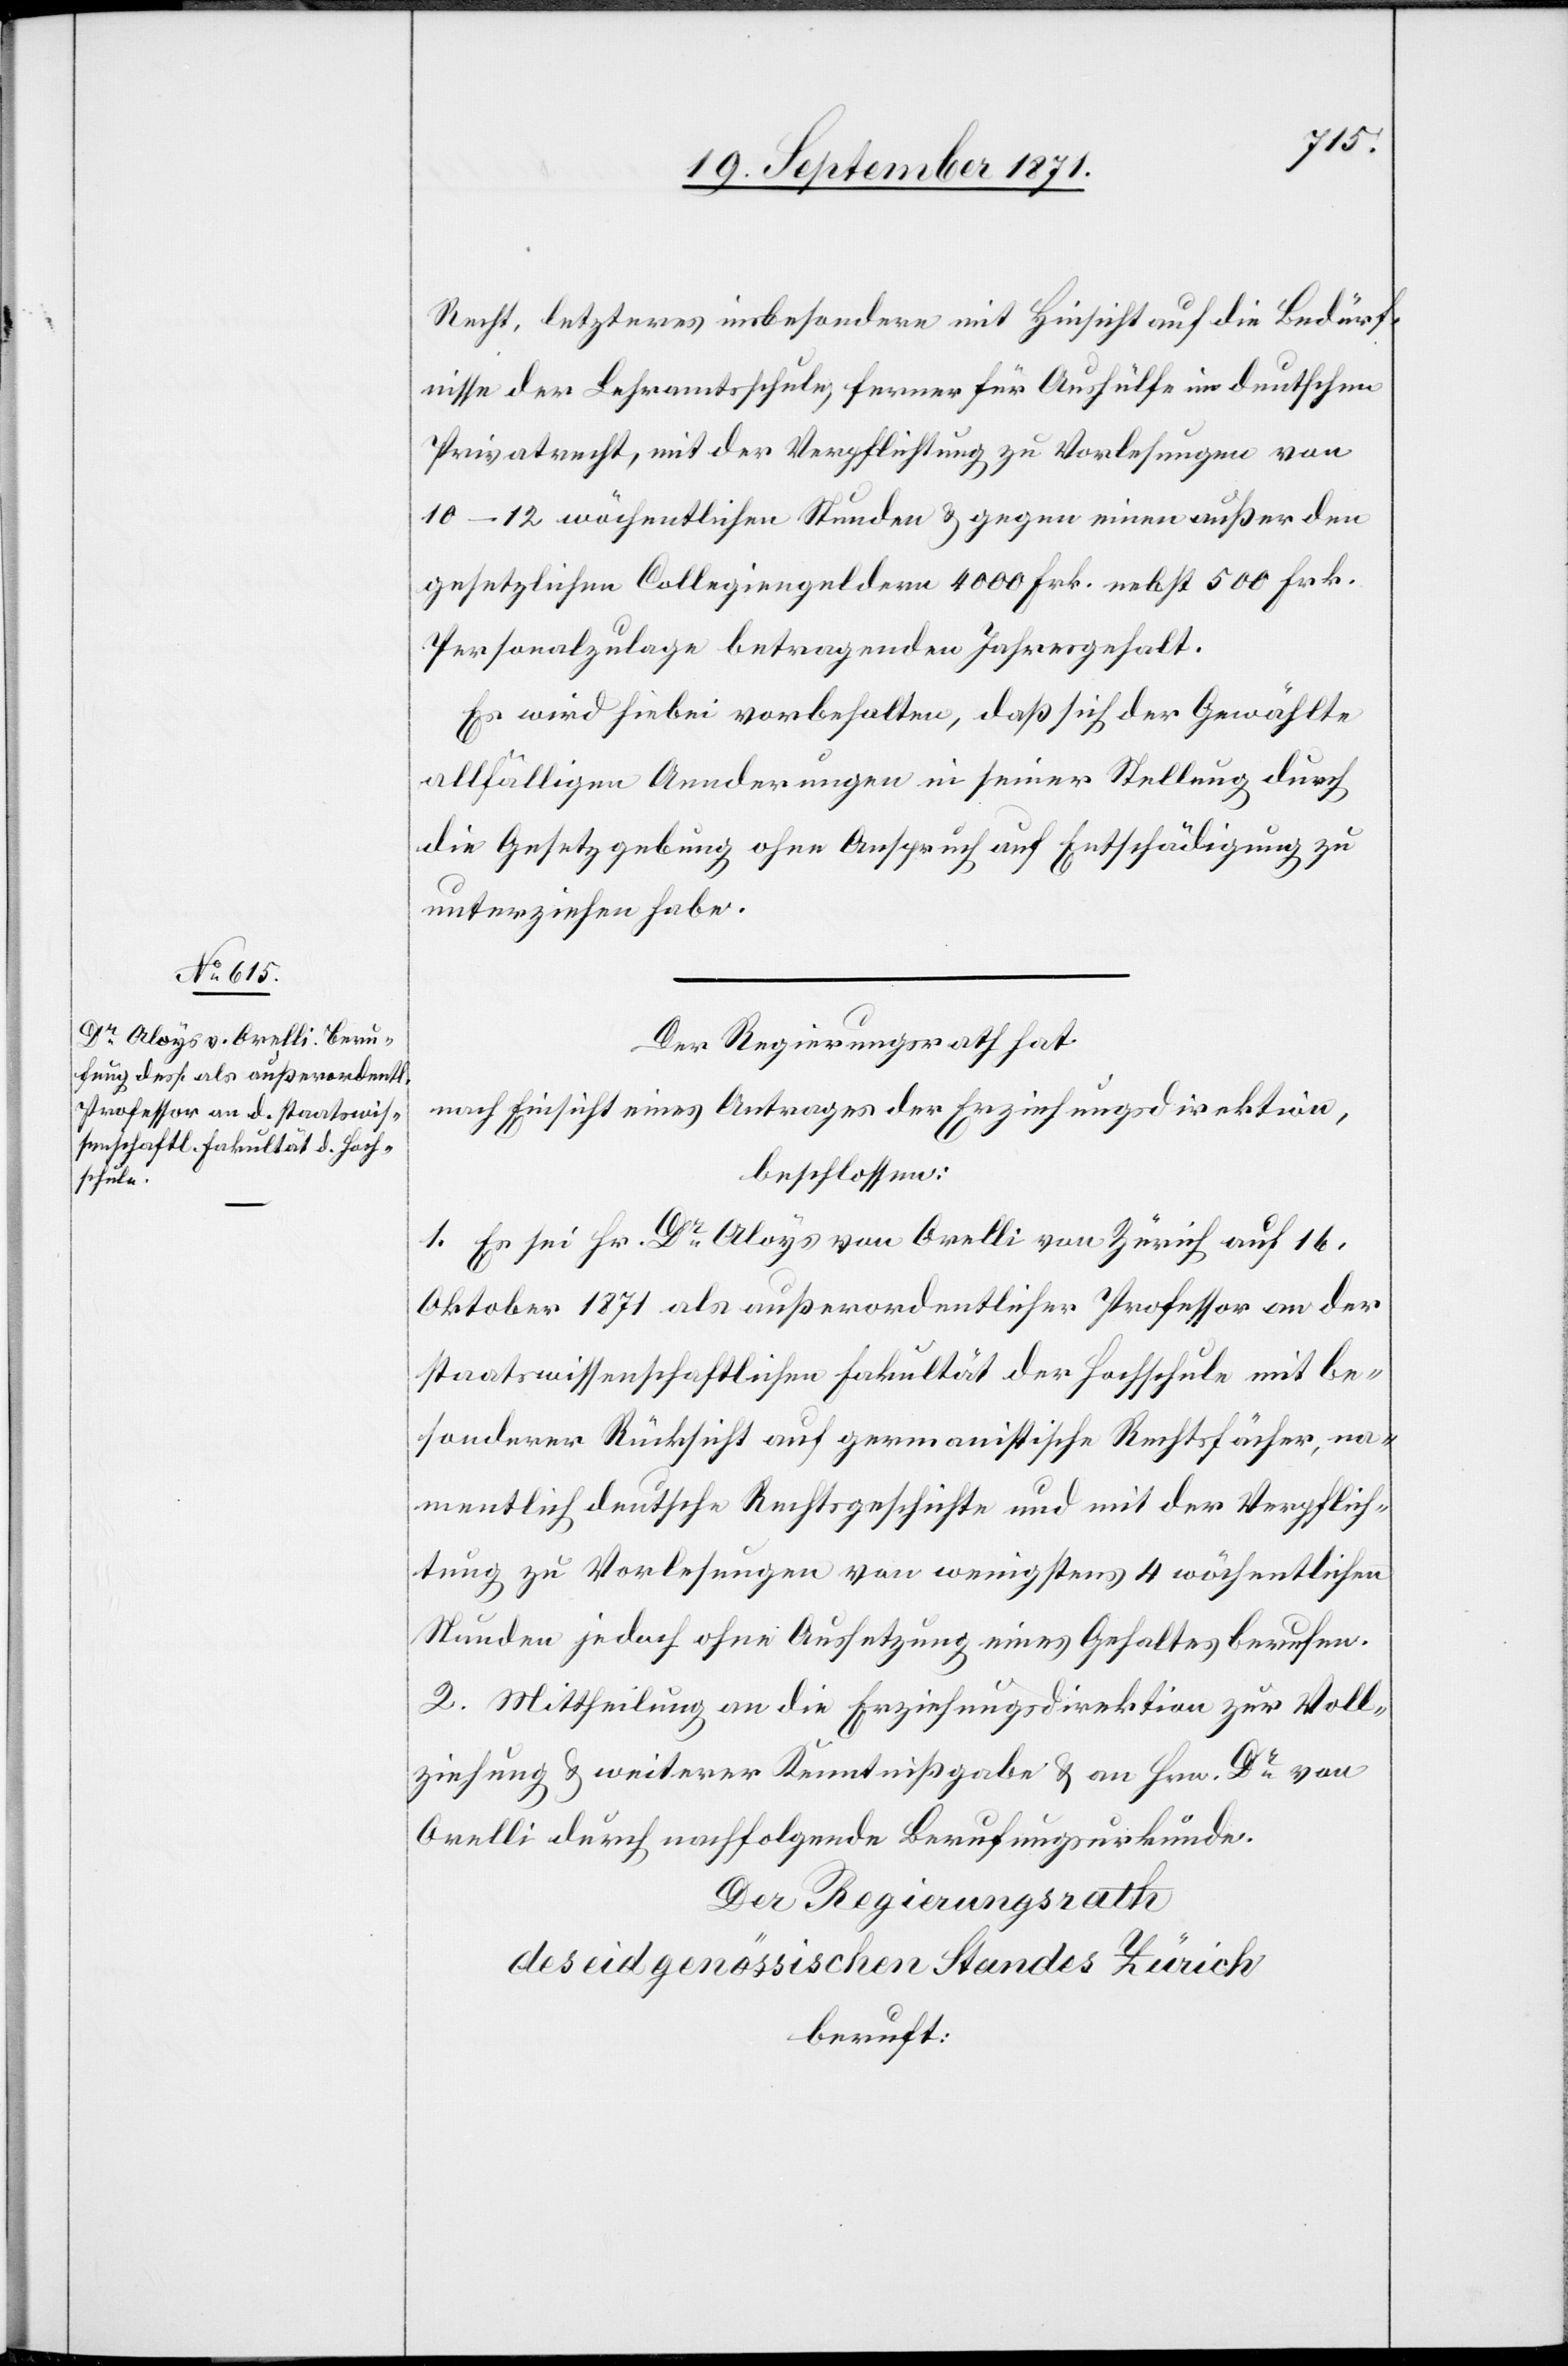
Recht, letzteres insbesondere mit Hinsicht auf die Bedürf¬
nisse der Lehramtsschule, ferner für Aushülfe im deutschen
Privatrecht, mit der Verpflichtung zu Vorlesungen von
10–12 wöchentlichen Stunden & gegen einen außer den
gesetzlichen Collegiengeldern 4000 Frk. nebst 500 Frk.
Personalzulage betragenden Jahresgehalt.
Es wird hiebei vorbehalten, daß sich der Gewählte
allfälligen Aenderungen in seiner Stellung durch
die Gesetzgebung ohne Anspruch auf Entschädigung zu
unterziehen habe.
Der Regierungsrath hat
nach Einsicht eines Antrages der Erziehungsdirektion,
beschlossen:
1. Es sei Hr. Dr Aloys von Orelli von Zürich auf 16.
Oktober 1871 als außerordentlicher Professor an der
staatswissenschaftlichen Fakultät der Hochschule mit be¬
sonderer Rücksicht auf germanistische Rechtsfächer, na¬
mentlich deutsche Rechtsgeschichte und mit der Verpflich¬
tung zu Vorlesungen von wenigstens 4 wöchentlichen
Stunden jedoch ohne Aussetzung eines Gehaltes berufen.
2. Mittheilung an die Erziehungsdirektion zur Voll¬
ziehung & weiterer Kenntnißgabe & an Hrn. Dr von
Orelli durch nachfolgende Berufungsurkunde.
Der Regierungsrath
des eidgenössischen Standes Zürich
beruft: